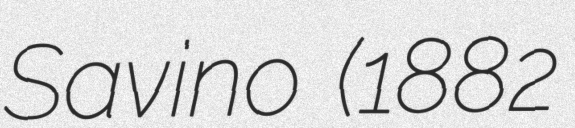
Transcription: Savino (1882